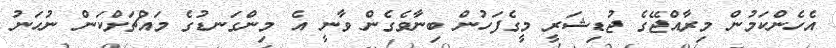
އެހެންކަމުން މިރާއްޖޭގެ ޖުޑިޝަރީ މީގެފަހުން ބިނާވެގެން ވާނީ އެ މިންގަނޑުގެ މައްޗަށްކަން ނުހަނު